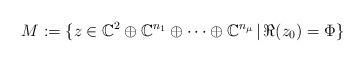
LaTeX: \begin{align*}M:=\{z\in \mathbb{C}^2\oplus\mathbb{C}^{n_1}\oplus\cdots \oplus\mathbb{C}^{n_\mu}\,|\, \Re(z_0)=\Phi \}\end{align*}